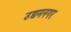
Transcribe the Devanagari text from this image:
उद्यमनगर